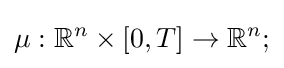
\mu :\mathbb {R} ^{n}\times [0,T]\to \mathbb {R} ^{n};